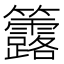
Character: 𥸐